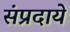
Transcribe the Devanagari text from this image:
संप्रदाये